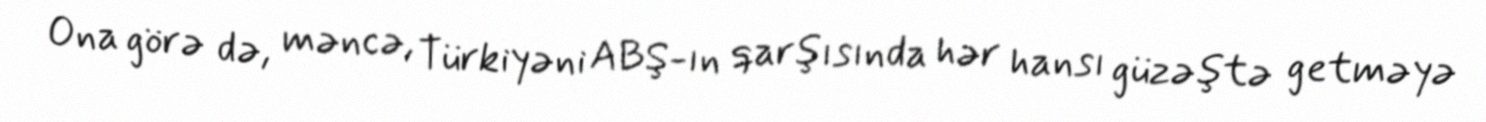
Ona görə də, məncə, Türkiyəni ABŞ-ın qarşısında hər hansı güzəştə getməyə